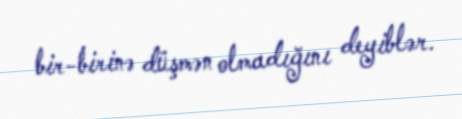
bir-birinə düşmən olmadığını deyiblər.